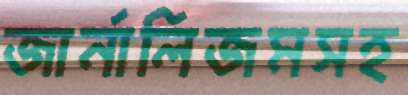
জার্নালিজমসহ